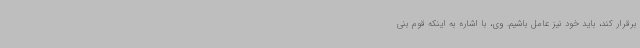
برقرار کند، باید خود نیز عامل باشیم. وی، با اشاره به اینکه قوم بنی